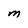
Character: M